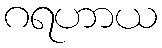
ဂရဟာယ